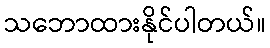
သဘောထားနိုင်ပါတယ်။